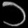
Digit: ၁